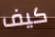
كيف